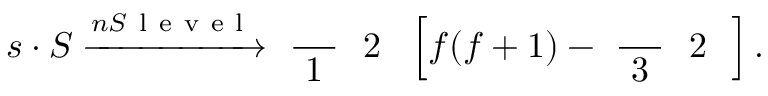
\boldsymbol { s } \cdot \boldsymbol { S } \xrightarrow { { n S \mathrm { ~ l ~ e ~ v ~ e ~ l ~ } } } \mathrm { ~ \frac ~ { ~ 1 ~ } ~ { ~ 2 ~ } ~ } \left[ f ( f + 1 ) - \mathrm { ~ \frac ~ { ~ 3 ~ } ~ { ~ 2 ~ } ~ } \right] .